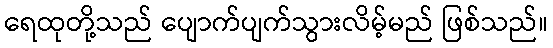
ရေထုတို့သည် ပျောက်ပျက်သွားလိမ့်မည် ဖြစ်သည်။